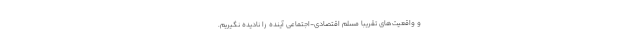
و واقعیت‌های تقریبا مسلم اقتصادی-اجتماعی آینده را نادیده نگیریم.